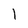
Character: l